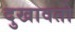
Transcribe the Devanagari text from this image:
दुखावतो